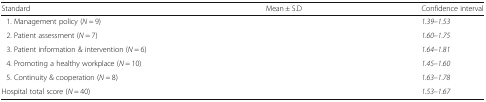
<table><thead><tr><td><b>Standard</b></td><td><b>Mean ± S.D</b></td><td><b>Confidence interval</b></td></tr></thead><tbody><tr><td> 1. Management policy (<i>N</i> = 9)</td><td>[EMPTY_CELL]</td><td><i>1.39–1.53</i></td></tr><tr><td> 2. Patient assessment (<i>N</i> = 7)</td><td>[EMPTY_CELL]</td><td><i>1.60–1.75</i></td></tr><tr><td> 3. Patient information &amp; intervention (<i>N</i> = 6)</td><td>[EMPTY_CELL]</td><td><i>1.64–1.81</i></td></tr><tr><td> 4. Promoting a healthy workplace (<i>N</i> = 10)</td><td>[EMPTY_CELL]</td><td><i>1.45–1.60</i></td></tr><tr><td> 5. Continuity &amp; cooperation (<i>N</i> = 8)</td><td>[EMPTY_CELL]</td><td><i>1.63–1.78</i></td></tr><tr><td>Hospital total score (<i>N</i> = 40)</td><td>[EMPTY_CELL]</td><td><i>1.53–1.67</i></td></tr></tbody></table>